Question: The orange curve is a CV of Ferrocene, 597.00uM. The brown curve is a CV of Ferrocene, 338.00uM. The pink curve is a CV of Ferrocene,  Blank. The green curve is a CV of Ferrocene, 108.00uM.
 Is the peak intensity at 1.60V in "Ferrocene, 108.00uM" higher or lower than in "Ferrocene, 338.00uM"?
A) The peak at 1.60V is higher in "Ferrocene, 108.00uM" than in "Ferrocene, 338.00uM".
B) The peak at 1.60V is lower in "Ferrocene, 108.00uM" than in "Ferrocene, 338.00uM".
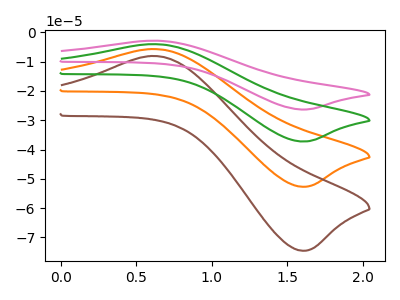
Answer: <think>The orange curve "Ferrocene, 597.00uM" has an anodic peak at (0.60V, -5.70uA) and a cathodic peak at (1.60V, -52.70uA). The brown curve "Ferrocene, 338.00uM" has an anodic peak at (0.60V, -8.10uA) and a cathodic peak at (1.60V, -74.55uA). The pink curve "Ferrocene,  Blank" has an anodic peak at (0.60V, -17.15uA) and a cathodic peak at (1.60V, -158.10uA). The green curve "Ferrocene, 108.00uM" has an anodic peak at (0.60V, -11.45uA) and a cathodic peak at (1.60V, -105.40uA).</think>
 <answer>A) The peak at 1.60V is higher in "Ferrocene, 108.00uM" than in "Ferrocene, 338.00uM".</answer>
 <eval>A</eval>